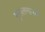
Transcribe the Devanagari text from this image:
मुसलमानच